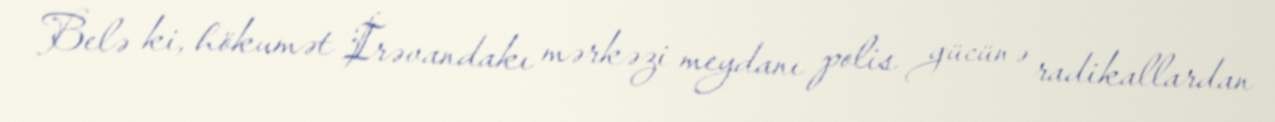
Belə ki, hökumət İrəvandakı mərkəzi meydanı polis gücünə radikallardan